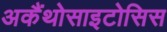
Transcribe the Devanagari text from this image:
अकैंथोसाइटोसिस